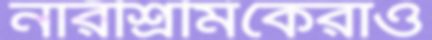
নারীশ্রমিকেরাও